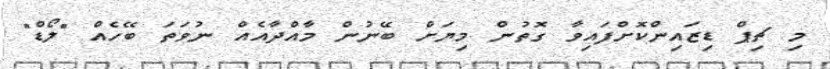
މި ޗިޕް ޑިޒައިންކޮށްފައިވާ ގޮތުން މިޔަށް ބޭނުން މާއްދާއެއް ނުވަތަ ބޭހެއް "ލޯޑް"